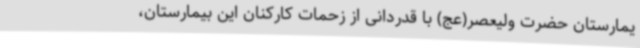
یمارستان حضرت ولیعصر(عج‌) با قدردانی از زحمات کارکنان این بیمارستان،